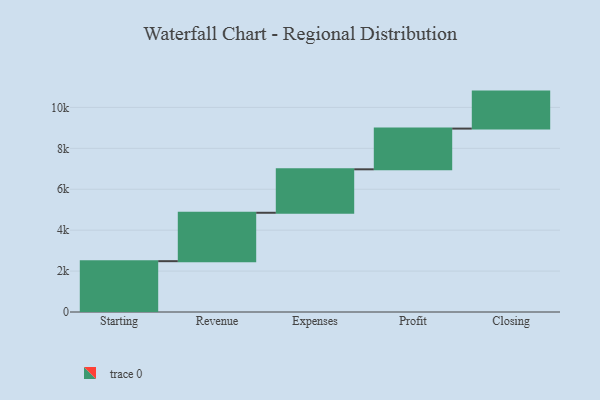
{"axis": {"x": "Step", "y": "Value"}, "legend": [""], "data": [{"x": "Starting", "y": 2484.0, "type": ""}, {"x": "Revenue", "y": 2366.0, "type": ""}, {"x": "Expenses", "y": 2124.0, "type": ""}, {"x": "Profit", "y": 1990.0, "type": ""}, {"x": "Closing", "y": 1808.0, "type": ""}]}